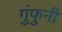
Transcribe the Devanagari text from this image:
गुंफुनी